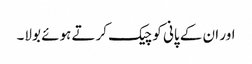
اور ان کے پانی کو چیک کرتے ہوئے بولا۔